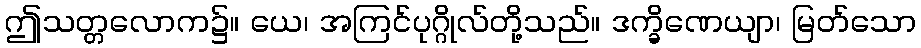
ဤသတ္တလောက၌။ ယေ၊ အကြင်ပုဂ္ဂိုလ်တို့သည်။ ဒက္ခိဏေယျာ၊ မြတ်သော